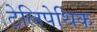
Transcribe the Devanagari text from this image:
टेलिपेथिक